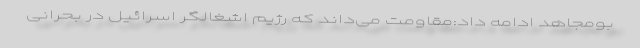
بومجاهد ادامه داد:مقاومت می‌داند که رژیم اشغالگر اسرائیل در بحرانی